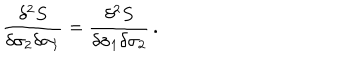
{ \frac { \delta ^ { 2 } S } { \delta \sigma _ { 2 } \delta \sigma _ { 1 } } } = { \frac { \delta ^ { 2 } S } { \delta \sigma _ { 1 } \delta \sigma _ { 2 } } } \, .